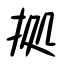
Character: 拠